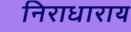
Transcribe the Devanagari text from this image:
निराधाराय